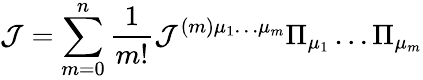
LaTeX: {\cal J}=\sum_{m=0}^{n}\frac{1}{m!}{\cal J}^{(m)\mu_{1}\dots\mu_{m}}\Pi_{\mu_{1}}\dots\Pi_{\mu_{m}}